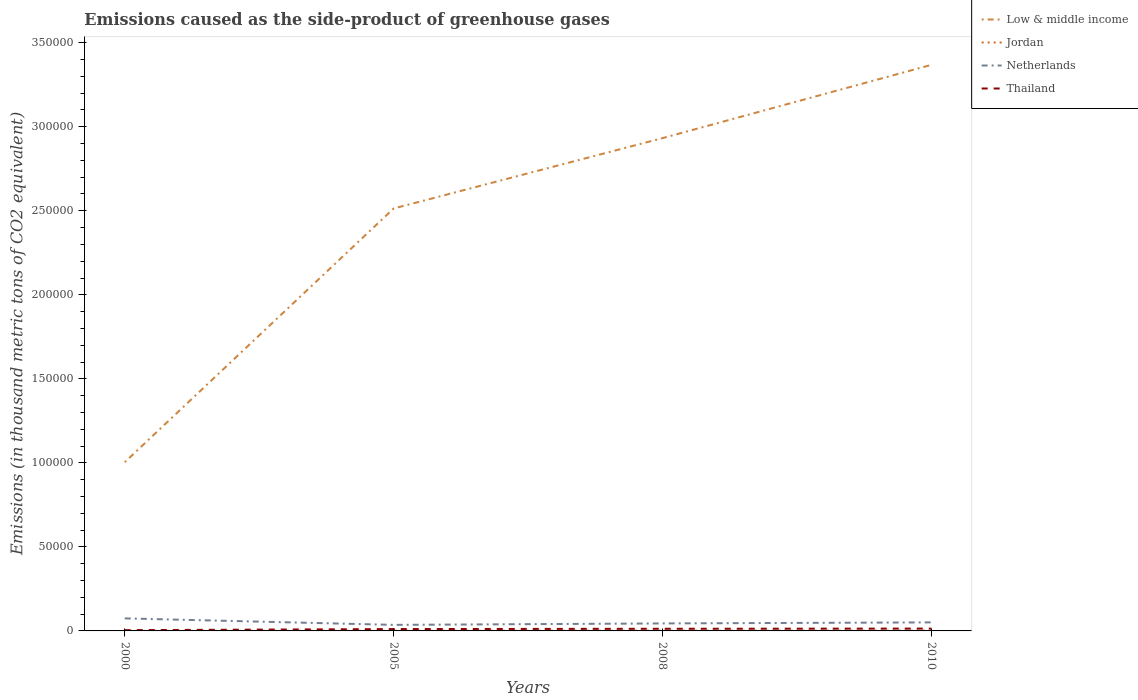
| Years | Low & middle income | Jordan | Netherlands | Thailand |
 | --- | --- | --- | --- | --- |
 | 2000 | 1e+05 | 19.7 | 7.46e+03 | 453 |
 | 2005 | 2.51e+05 | 110 | 3.6e+03 | 1.1e+03 |
 | 2008 | 2.93e+05 | 159 | 4.46e+03 | 1.27e+03 |
 | 2010 | 3.37e+05 | 193 | 5.07e+03 | 1.39e+03 |